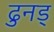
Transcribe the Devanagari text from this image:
ढुनड्